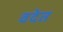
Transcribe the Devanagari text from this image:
वदेत